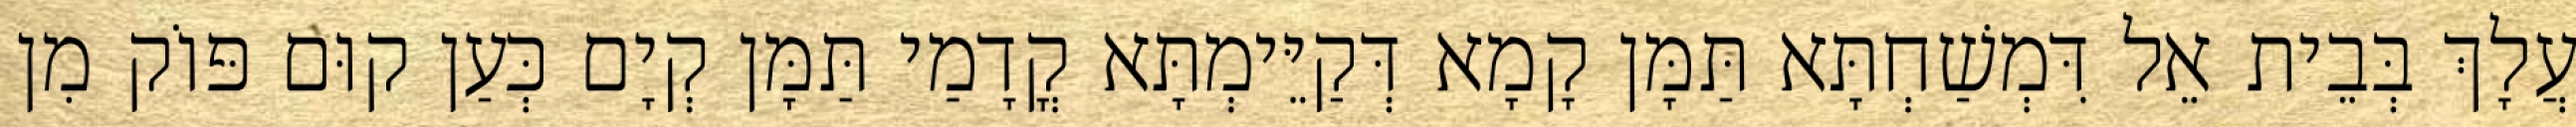
עֲלָךְ בְּבֵית אֵל דִּמְשַׁחְתָּא תַּמָּן קָמָא דְּקַיֵּימְתָּא קֳדָמַי תַּמָּן קְיָם כְּעַן קוּם פּוֹק מִן